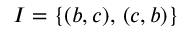
I = \{ ( b , c ) , \, ( c , b ) \}